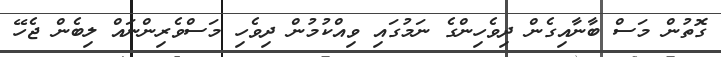
ގޮތުން މަސް ބާނާއިގެން ދިވެހިންގެ ނަމުގައި ވިއްކުމުން ދިވެހި މަސްވެރިންނައް ލިބެން ޖެހޭ